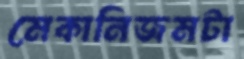
মেকানিজমটা